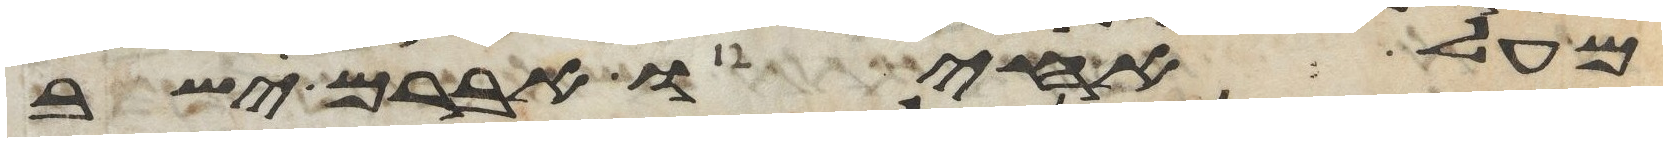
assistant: מעל אחיו אברם ישב